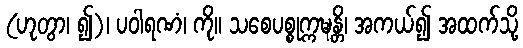
(ဟုတွာ၊ ၍)၊ ပဝါရဏံ၊ ကို။ သစေပစ္စုက္ကဍ္ဎန္တိ၊ အကယ်၍ အထက်သို့